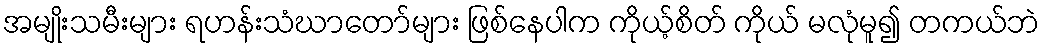
အမျိုးသမီးများ ရဟန်းသံဃာတော်များ ဖြစ်နေပါက ကိုယ့်စိတ် ကိုယ် မလုံမူ၍ တကယ်ဘဲ